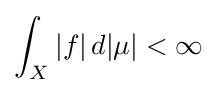
\int _{X}|f|\,d|\mu |<\infty